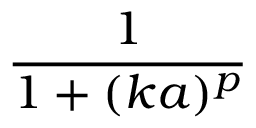
\displaystyle \frac { 1 } { 1 + ( k a ) ^ { p } }